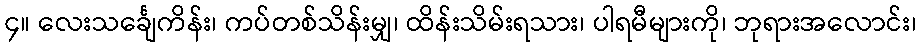
၄။ လေးသင်္ချေကိန်း၊ ကပ်တစ်သိန်းမျှ၊ ထိန်းသိမ်းရသား၊ ပါရမီများကို၊ ဘုရားအလောင်း၊